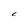
Character: C